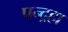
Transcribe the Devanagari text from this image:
पन्द्रहा